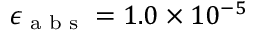
\epsilon _ { \textup { a b s } } = 1 . 0 \times 1 0 ^ { - 5 }